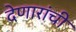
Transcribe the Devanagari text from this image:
देणारांची